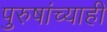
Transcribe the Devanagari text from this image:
पुरुषांच्याही